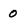
Character: 0